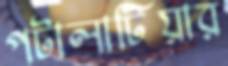
পটালাটিয়ার